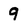
Character: 9